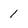
Character: 1